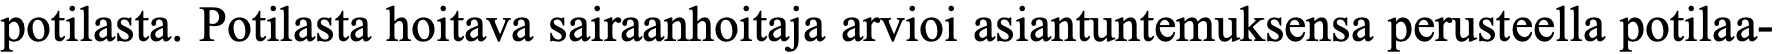
potilasta. Potilasta hoitava sairaanhoitaja arvioi asiantuntemuksensa perusteella potilaa-